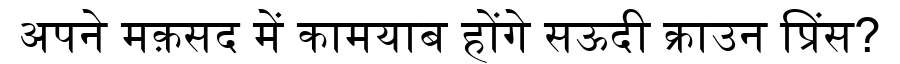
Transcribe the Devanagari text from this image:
अपने मक़सद में कामयाब होंगे सऊदी क्राउन प्रिंस?